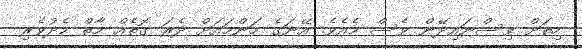
ހިތަށް ވިސްނައިދޭން ވެސް މެއެވެ. އޭނަގެ މަންމައަށް ދެރަ ގޮތެއް މާތް މެދުވެރި